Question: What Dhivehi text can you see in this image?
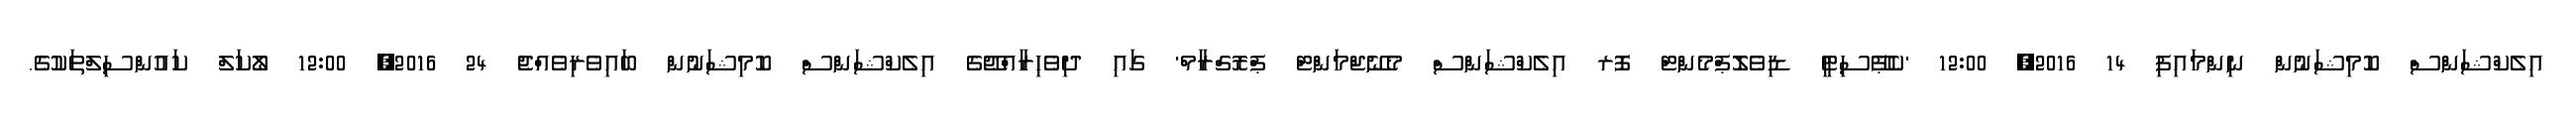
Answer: އިލެކްޝަންސް ކޮމިޝަނުން ނިންމައިފި 14 2016, 12:00 'ކެޕޭސިޓީ ޑިވެލޮޕްމެންޓް ފޮރ އިލެކްޝަންސް މެނޭޖްމަންޓް ޕްރޮގްރާމް' ގައި ދިވެހިރާއްޖޭގެ އިލެކްޝަންސް ކޮމިޝަނުން ބައިވެރިވެއްޖެ 24 2016, 12:00 ލޯކަލް ކައުންސިލްތަކުގެ.